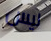
ليس